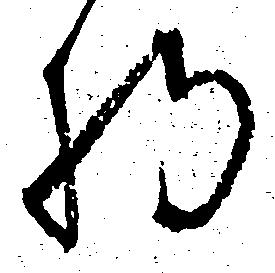
将